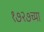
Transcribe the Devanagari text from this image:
१७२७च्या